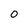
Character: 0